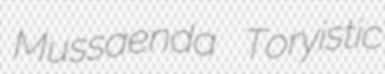
Mussaenda Toryistic